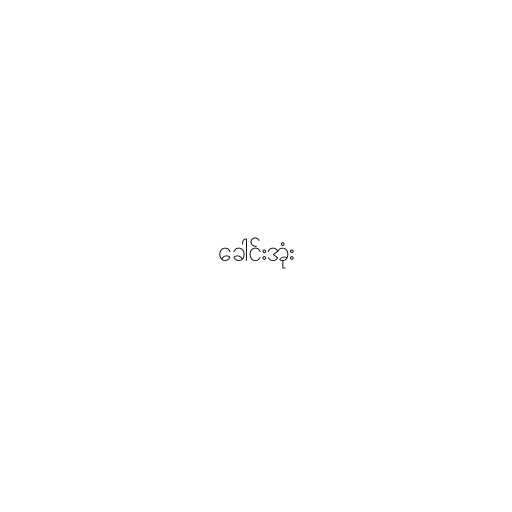
ခေါင်းအုံး